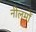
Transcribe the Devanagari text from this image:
नीलमों